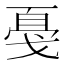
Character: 戞